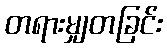
တရားမျှတခြင်း